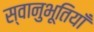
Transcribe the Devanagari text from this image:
स्वानुभूतियाँ